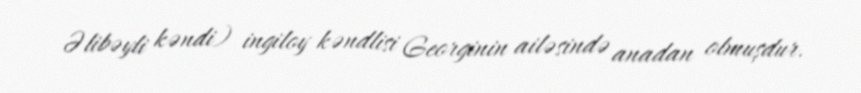
Əlibəyli kəndi) ingiloy kəndlisi Georginin ailəsində anadan olmuşdur.